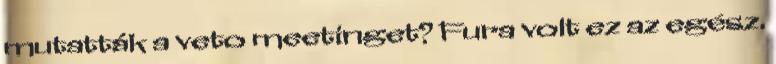
mutatták a veto meetinget? Fura volt ez az egész.